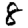
Digit: 8